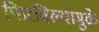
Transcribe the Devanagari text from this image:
फिरविल्यामुळे